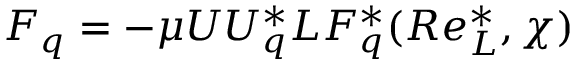
F _ { q } = - \mu U U _ { q } ^ { * } L F _ { q } ^ { * } ( R e _ { L } ^ { * } , \chi )